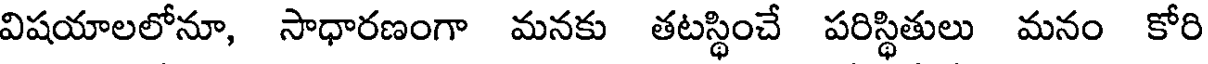
విషయాలలోనూ, సాధారణంగా మనకు తటస్థించే పరిస్థితులు మనం కోరి